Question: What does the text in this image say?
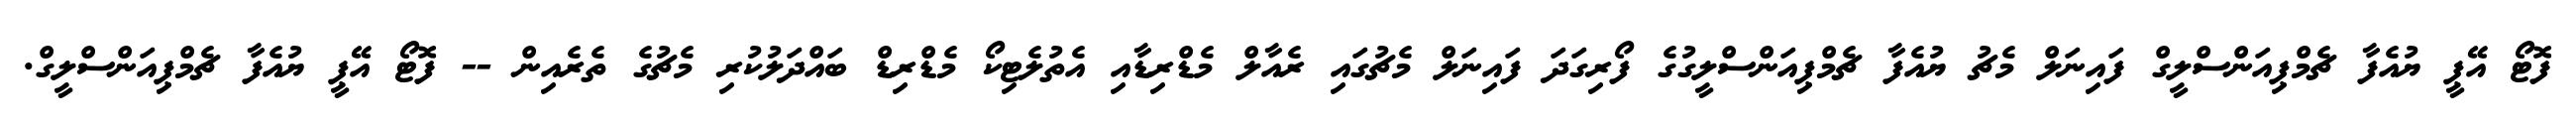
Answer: ފޮޓޯ އޭޕީ ޔުއެފާ ޗެމްޕިއަންސްލީގް ފައިނަލް މެޗު ޔުއެފާ ޗެމްޕިއަންސްލީގުގެ ފޯރިގަދަ ފައިނަލް މެޗުގައި ރެއާލް މެޑްރިޑާއި އެތުލެޓިކޯ މެޑްރިޑް ބައްދަލުކުރި މެޗުގެ ތެރެއިން -- ފޮޓޯ އޭޕީ ޔުއެފާ ޗެމްޕިއަންސްލީގް.